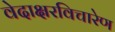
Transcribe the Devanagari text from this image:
वेदाक्षरविचारेण